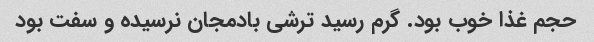
حجم غذا خوب بود. گرم رسید ترشی بادمجان نرسیده و سفت بود